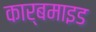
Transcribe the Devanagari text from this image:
कार्बमाइड